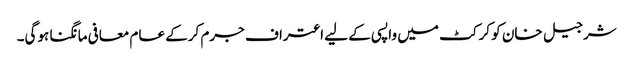
شرجیل خان کو کرکٹ میں واپسی کے لیے اعتراف جرم کرکے عام معافی مانگنا ہوگی۔